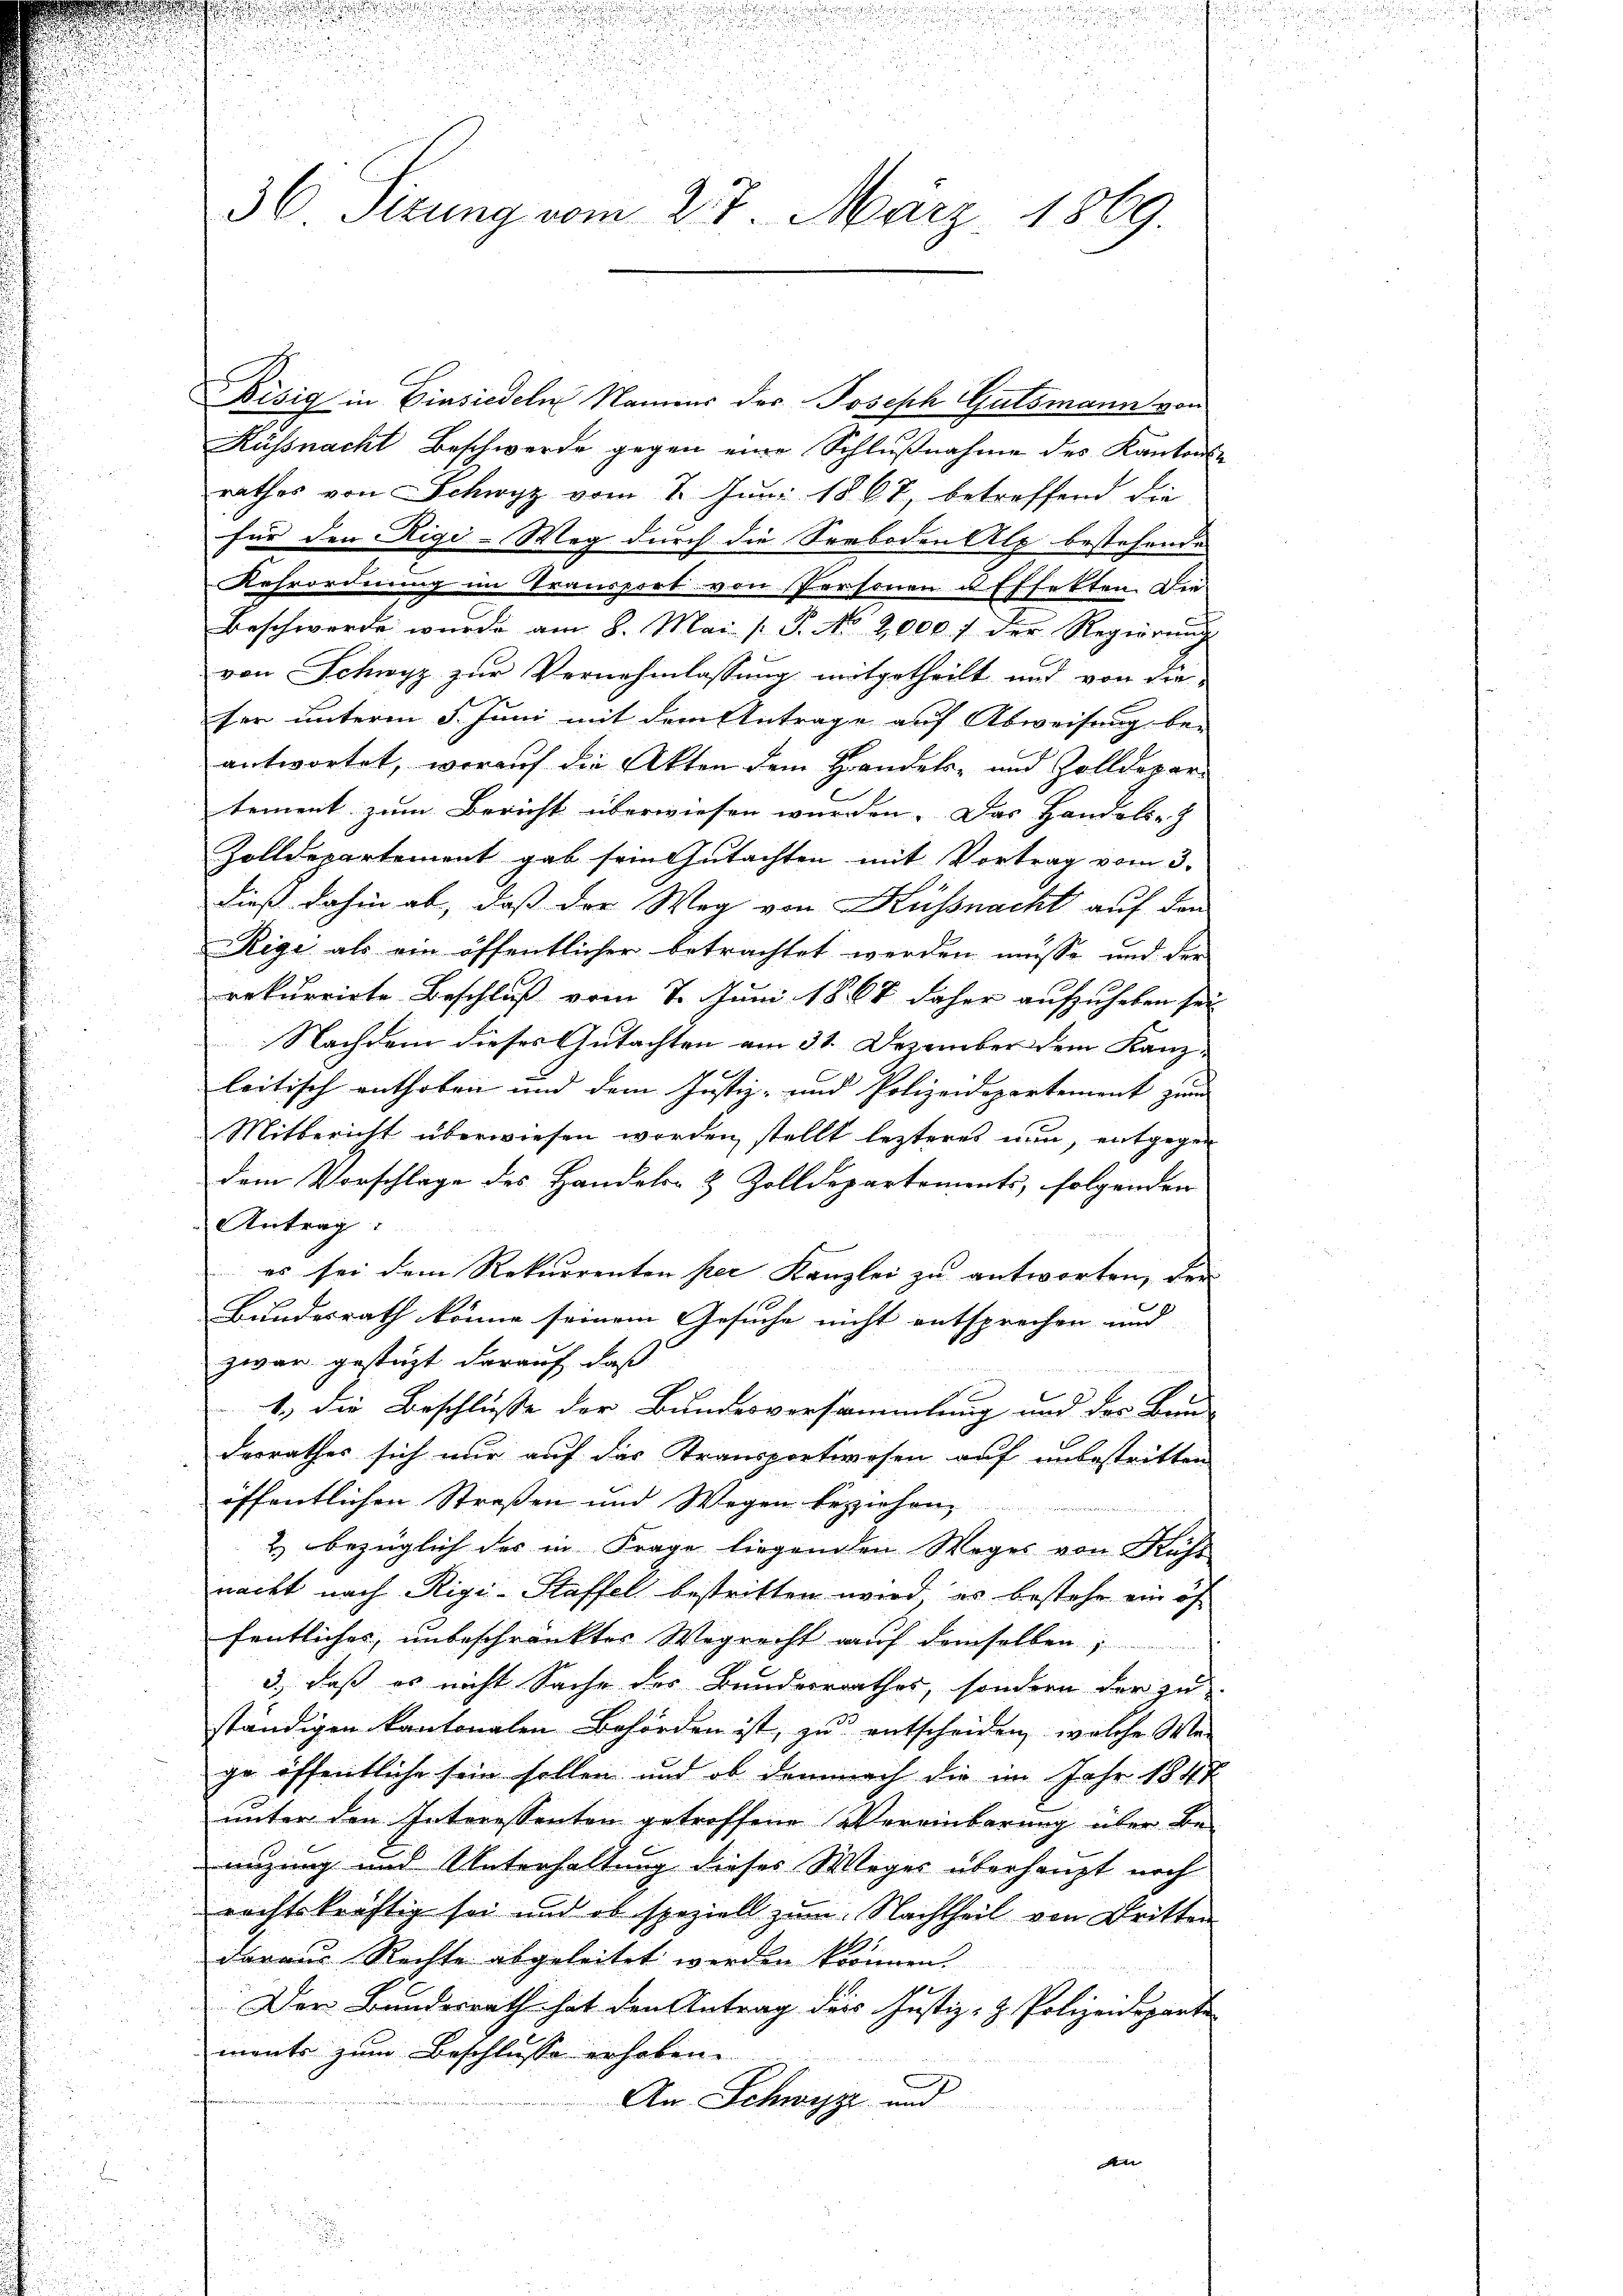
.
u
!!!!!!!!!!!

36 Sirung vom 27. März 1869.

Küssnacht Beschwerde gegen eine Schlußnahme des Kantons-
rathes von Schwyz vom 7. Juni 1868, betreffend die
für den Rigi-Weg durch die Seeboden Alp bestehende
Kehrordnung im Transport von Personen u Effekten. Der
Beschwerde wurde am 8. Mai [ P. No 2000 f der Regierung
von Schwyz zur Vernehmlassung mitgetheilt und von die
fer unterm 5. Juni mit dem Antrage auf Abweisung be-
antwortet, worauf die Akten dem Handels- und Zolldepartement zum Bericht überwiesen wurden. Das Handels-
Zolldepartement gab sein Gutachten mit Vortrag vom 3.
e
dieß dahin ab, daß der Weg von Kussnacht auf den
Rigi als ein öffentlicher betrachtet werden müsse, und der
rekurrirte Beschluß vom 7. Juni 1867 daher aufzuheben sei
Nachdem dieses Gutachten am 31. Dezember dem Kanz-
leitisch enthoben und dem Justiz- und Polizeidepartement zum
Mitbericht überwiesen worden, stellt lezteres nun, entgegen
dem Vorschlage des Handels- & Zolldepartements, folgenden
Antrag
es sei dem Rekurrenten per Kanzlei zu antworten, der
Bundesrath könne seinem Gesuche nicht entsprechen und |
zwar gestützt darauf, daß
1.) die Beschlusse der Bundesversammlung und der Bau-
derrathes sich nur auf das Transportwesen auf unbestritten
s
öffentlichen Straßen und Wegen beziehen,
s
.
2) bezüglich des in Frage liegenden Weges von Kuhs
3
nacht nach Rigi-Staffel bestritten wird, es bestehe ein öf
fentliches, unbeschränktes Wegrecht auf demselben;
3.) daß es nicht Sache des Bundesrathes, sondern der zu
ständigen kantonalen Behörden ist, zu entscheiden, welche Wege öffentliche sein sollen und ob demnach die im Jahr 1848
unter den Interessanten getroffene Vereinbarung über Be-
nizung und Unterhaltung dieses Weges überhaupt noch
rechtskräftig sei und ob speziell zum Nachtheil von Dritten
daraus Rechte abgeleitet werden können.
Der Bundesrath hat den Antrag der Justiz- & Polizeideparte
ments zum Beschlusse erhoben.
An Schwyz und
de
.
i
.

Bisig in Einsiedeln Namens der Joseph Gutsmann von